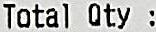
TOTAL QTY :